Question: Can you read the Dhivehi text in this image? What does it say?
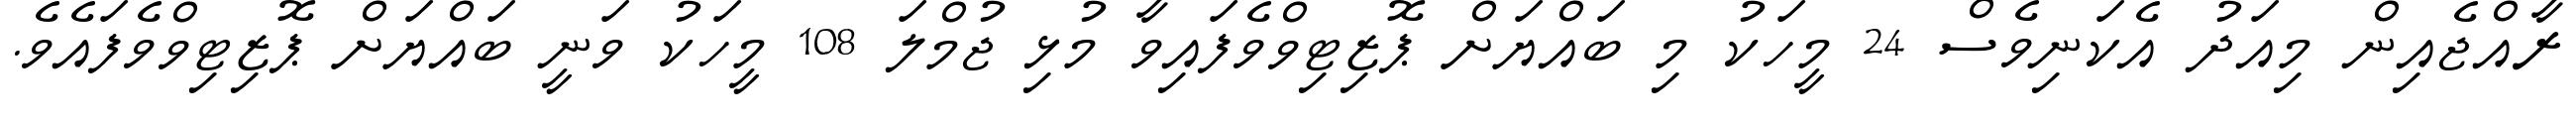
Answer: ރާއްޖެއިން މިއަދު އެކަނިވެސް 24 މީހަކު މި ބައްޔަށް ޕޮޒިޓިވްވެފައިވާ މުޅި ޖުމްލަ 108 މީހަކު ވަނީ ބައްޔަށް ޕޮޒިޓިވްވެފައެވެ.